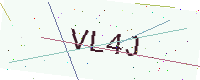
Text: VL4J